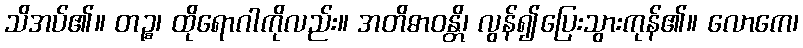
သိအပ်၏။ တဉ္စ၊ ထိုရောဂါကိုလည်း။ အတိဓာဝန္တိ၊ လွန်၍ပြေးသွားကုန်၏။ လောကေ၊